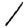
Digit: 1